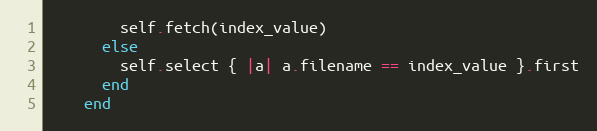
Language: Ruby
        self.fetch(index_value)
      else
        self.select { |a| a.filename == index_value }.first
      end
    end